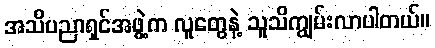
အသိပညာရှင်အဖွဲ့က လူတွေနဲ့ သူသိကျွမ်းလာပါတယ်။